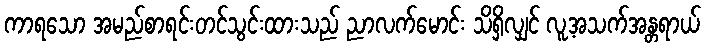
ကာရသော အမည်စာရင်းတင်သွင်းထားသည် ညာလက်မောင်း သိရှိလျှင် လူ့အသက်အန္တရာယ်